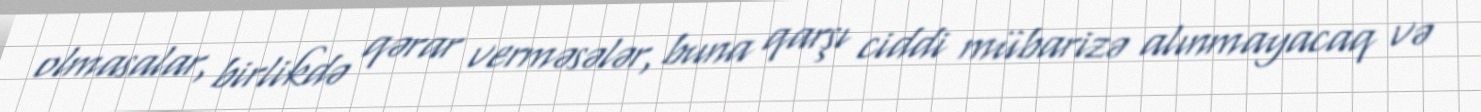
olmasalar, birlikdə qərar verməsələr, buna qarşı ciddi mübarizə alınmayacaq və